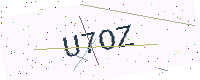
Text: U7OZ